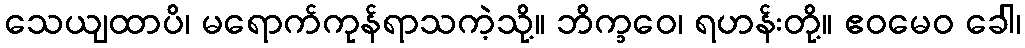
သေယျထာပိ၊ မရောက်ကုန်ရာသကဲ့သို့။ ဘိက္ခဝေ၊ ရဟန်းတို့။ ဧဝမေဝ ခေါ၊